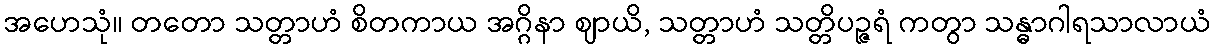
အဟေသုံ။ တတော သတ္တာဟံ စိတကာယ အဂ္ဂိနာ ဈာယိ, သတ္တာဟံ သတ္တိပဉ္ဇရံ ကတွာ သန္ဓာဂါရသာလာယံ